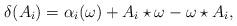
LaTeX: \begin{align*}\delta (A_i)=\alpha _i(\omega)+ A_i\star \omega-\omega\star A_i,\end{align*}